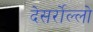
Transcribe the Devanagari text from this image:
देसर्रोल्लो